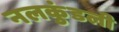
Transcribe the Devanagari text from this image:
नलकुंडली